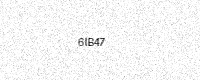
Text: 6IB47